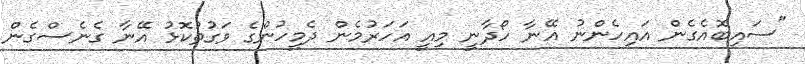
"ސައިބޮއެގެން އައިހެންނު އޭނާ ހޯދާނީ މިއީ އަހަރުމެން ދެމީހުންގެ ވަގުތުކޮޅު އޭނާ ގެނެސްގެން